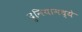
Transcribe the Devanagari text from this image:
दुनियामध्ये